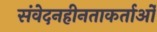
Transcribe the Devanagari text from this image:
संवेदनहीनताकर्ताओं